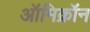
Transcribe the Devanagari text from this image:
ऑमिक्रॉन